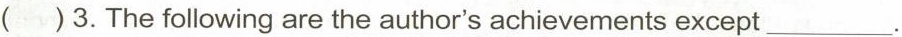
( )3.The following are the author's achievements except ___